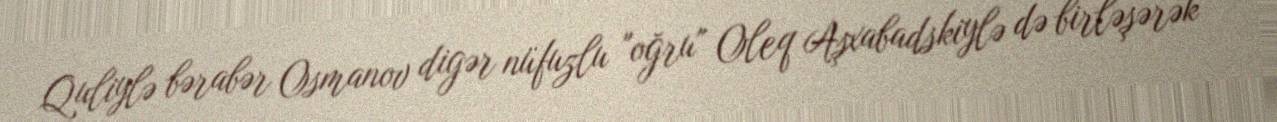
Quliylə bərabər Osmanov digər nüfuzlu "oğru" Oleq Aşxabadskiylə də birləşərək